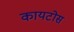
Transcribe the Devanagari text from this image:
कायटोस